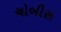
ચોબીસ